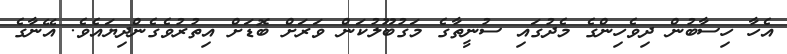
އެހާ ހިސާބުން ދިވެހިންގެ މެދުގައި ސުނީތާގެ މަގުބޫލުކަން ވަރަށް ބޮޑަށް އިތުރުވެގެންދިޔައެވެ. އޭނާގެ